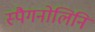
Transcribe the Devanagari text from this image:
स्पैगनोलिनि